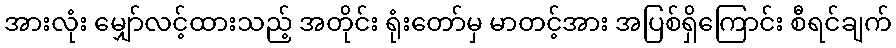
အားလုံး မျှော်လင့်ထားသည့် အတိုင်း ရုံးတော်မှ မာတင့်အား အပြစ်ရှိကြောင်း စီရင်ချက်